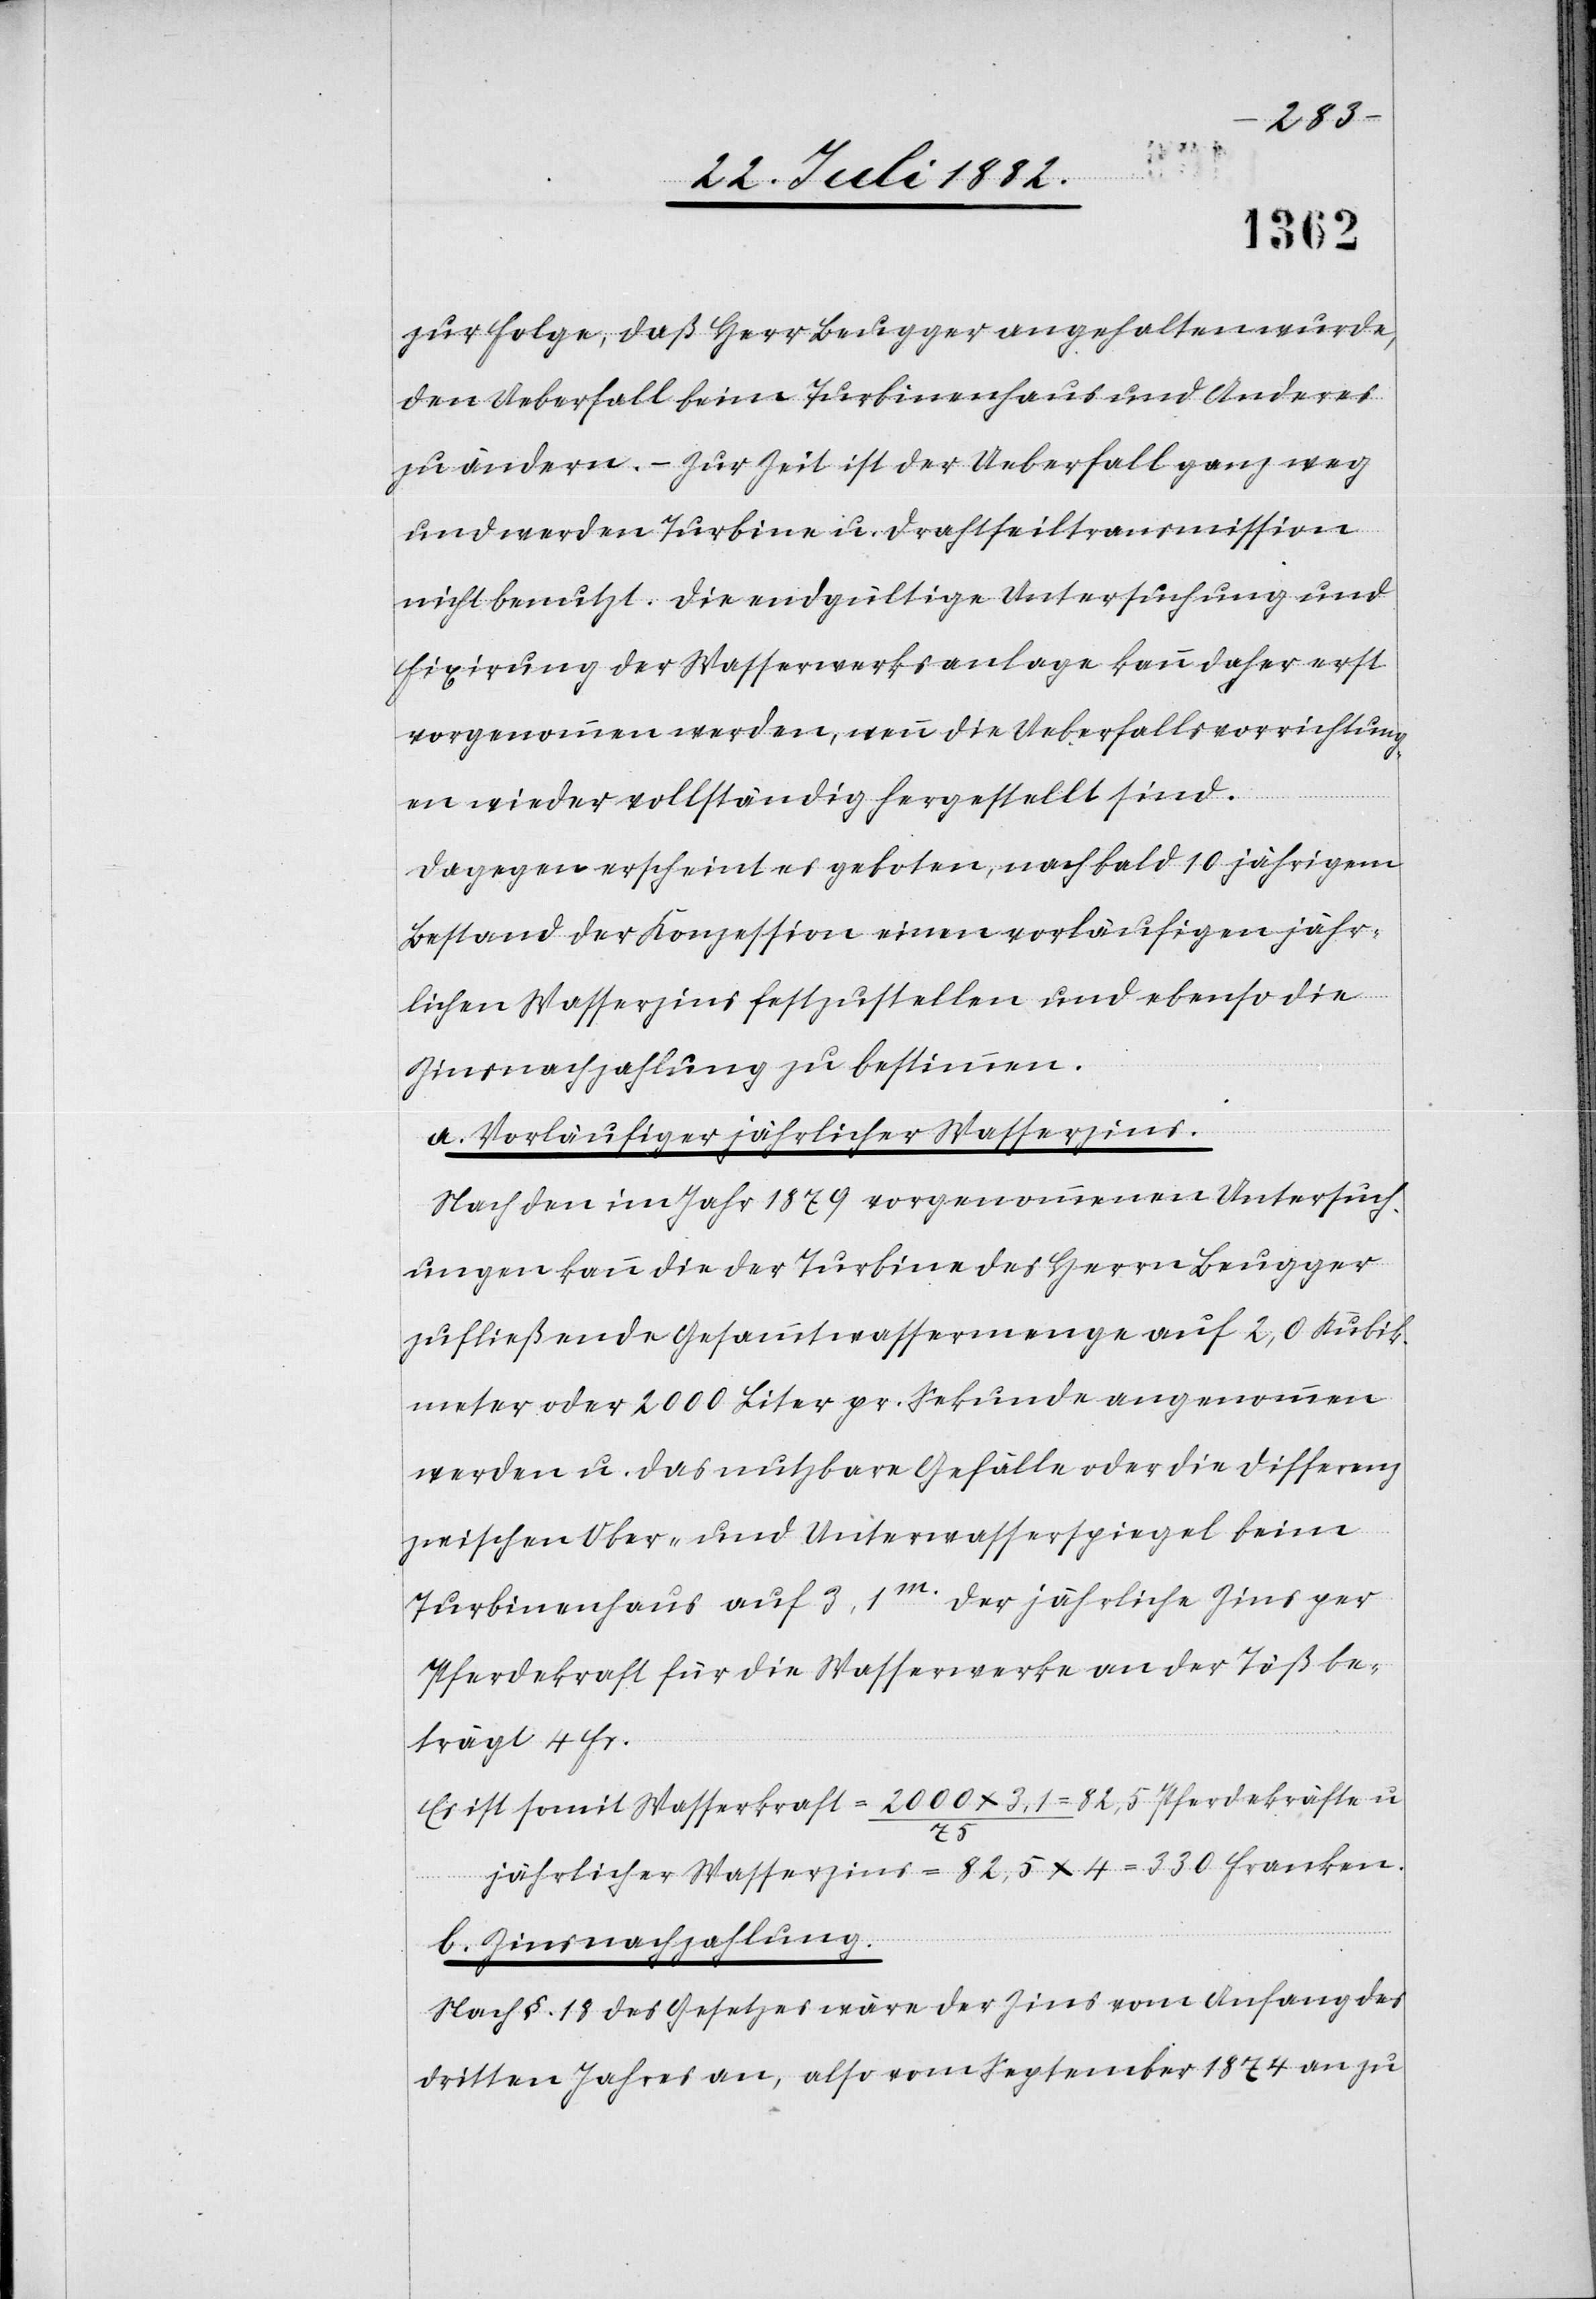
zur Folge, daß Herr Beugger angehalten wurde,
den Ueberfall beim Turbinenhaus und Anderes
zu ändern. – Zur Zeit ist der Ueberfall ganz weg
und werden Turbine u. Drahtseiltransmission
nicht benutzt. Die endgültige Untersuchung und
Fixirung der Wasserwerksanlage kann daher erst
vorgenommen werden, wenn die Ueberfallsvorrichtung¬
en wieder vollständig hergestellt sind.
Dagegen erscheint es geboten, nach bald 10 jährigem
Bestand der Konzession einen vorläufigen jähr¬
lichen Wasserzins festzustellen und ebenso die
Zinsnachzahlung zu bestimmen.
a. Vorläufiger jährlicher Wasserzins.
Nach den im Jahr 1879 vorgenommenen Untersuch¬
ungen kann die der Turbine des Herrn Beugger
zufließende Gesammtwassermenge auf 2,0 Kubik¬
meter oder 2000 Liter pr. Sekunde angenommen
werden u. das nutzbare Gefälle oder die Differenz
zwischen Ober- und Unterwasserspiegel beim
Turbinenhaus auf 3,1m. Der jährliche Zins per
Pferdekraft für die Wasserwerke an der Töß be¬
trägt 4 Fr.
Es ist somit Wasserkraft = 2000 x 3,1/75 = 82,5 Pferdekräfte u.
jährlicher Wasserzins = 82,5 x 4 = 330 Franken.
b. Zinsnachzahlung.
Nach §. 18 des Gesetzes wäre der Zins vom Anfang des
dritten Jahres an, also vom September 1874 an zu